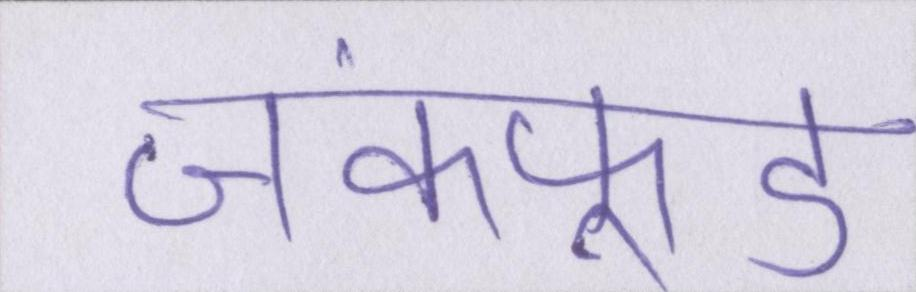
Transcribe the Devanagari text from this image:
जंकफूड